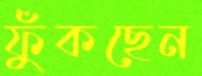
ফুঁকছেন